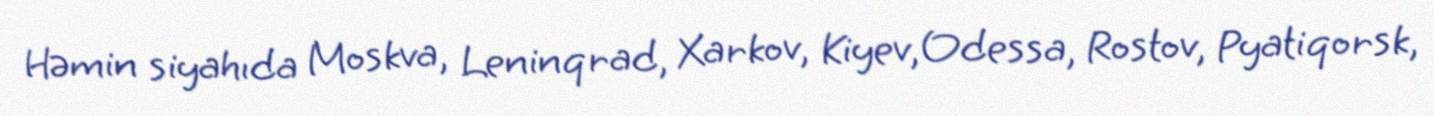
Həmin siyahıda Moskva, Leninqrad, Xarkov, Kiyev, Odessa, Rostov, Pyatiqorsk,